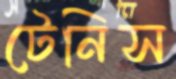
টেনিস